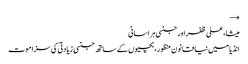
→
میشا، علی ظفر اور جنسی ہراسانی
انڈیا میں نیا قانون منظور، بچیوں کے ساتھ جنسی زیادتی کی سزا موت